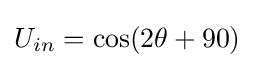
U_{in}=\cos(2\theta +90)